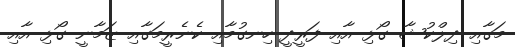
މަގާއި ދިލްކުޝާ ގޯޅި އާއި ފަރީދީ ހިނގުމާއި ކެނެރީމަގާއި ޒަމާނީ ގޯޅި އާއި